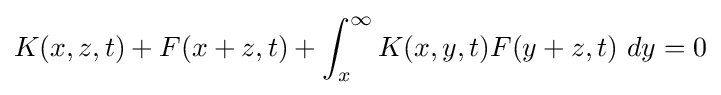
K(x,z,t)+F(x+z,t)+\int _{x}^{\infty }K(x,y,t)F(y+z,t)\ dy=0